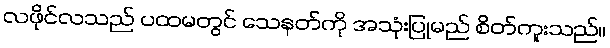
လဖိုင်လသည် ပထမတွင် သေနတ်ကို အသုံးပြုမည် စိတ်ကူးသည်။